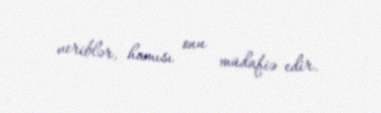
veriblər, hamısı onu müdafiə edir.